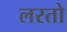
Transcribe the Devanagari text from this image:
लरतो